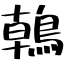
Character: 𪂂